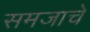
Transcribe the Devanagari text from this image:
समजाचे